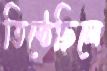
তিষ্ঠেছিলে